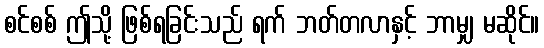
စင်စစ် ဤသို့ ဖြစ်ရခြင်းသည် ရက် ဘတ်တလာနှင့် ဘာမျှ မဆိုင်။